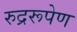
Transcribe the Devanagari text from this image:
रुद्ररूपेण